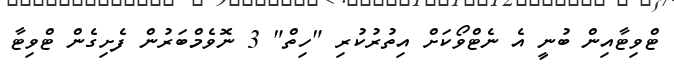
ޓްވިޓާއިން ބުނީ އެ ނެޓްވޯކަށް އިތުރުކުރި "ހިތް" 3 ނޮވެމްބަރުން ފެށިގެން ޓްވިޓާ